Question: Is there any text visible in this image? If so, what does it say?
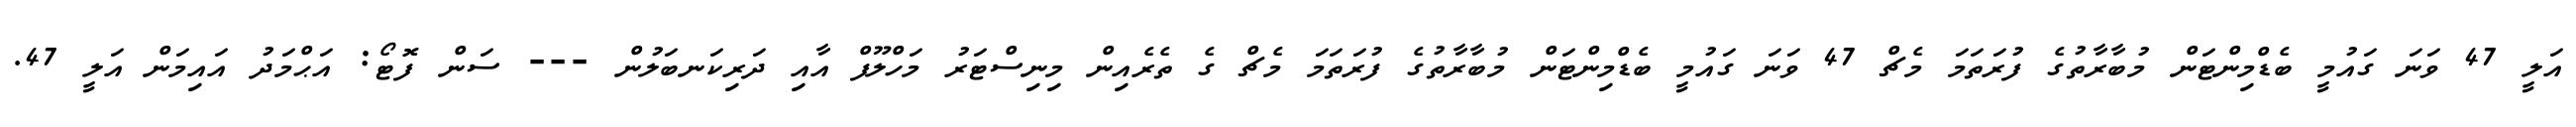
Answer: އަލީ 47 ވަނަ ގައުމީ ބެޑްމިންޓަން މުބާރާތުގެ ފުރަތަމަ މެޗް 47 ވަނަ ގައުމީ ބެޑްމިންޓަން މުބާރާތުގެ ފުރަތަމަ މެޗް ގެ ތެރެއިން މިނިސްޓަރު މަހްލޫފް އާއި ދަރިކަނބަލުން --- ސަން ފޮޓޯ: އަޙްމަދު އައިމަން އަލީ 47.